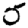
Digit: 5